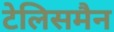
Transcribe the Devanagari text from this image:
टेलिसमैन